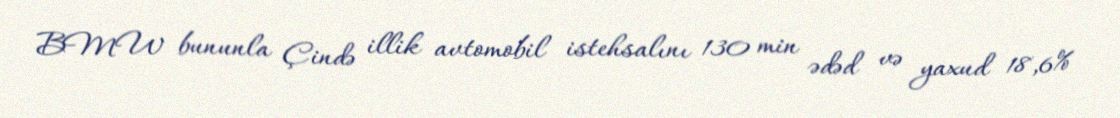
BMW bununla Çində illik avtomobil istehsalını 130 min ədəd və yaxud 18,6%